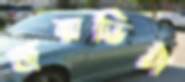
জন্মভিটা